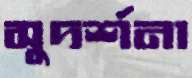
সুদর্শনা